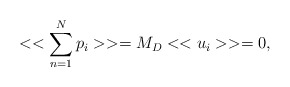
\begin{align*}<< \sum_{n=1}^{N} p_i >>= M_D <<u_i>>=0,\end{align*}